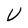
Character: V